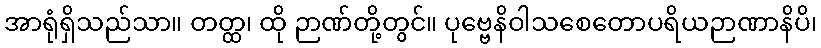
အာရုံရှိသည်သာ။ တတ္ထ၊ ထို ဉာဏ်တို့တွင်။ ပုဗ္ဗေနိဝါသစေတောပရိယဉာဏာနိပိ၊